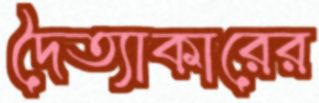
দৈত্যাকারের